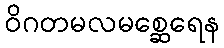
ဝိဂတမလမစ္ဆေရေန